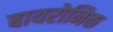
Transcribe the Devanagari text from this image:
बायरोनिक